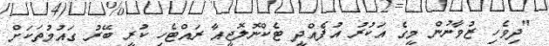
"ދިވެހި ޒުވާނުން މީގެ އަކުރު އުފެއްދީ ޓެކްނޮލޮޖީއާ ރައްޓެހި ކުރީ ބޭރު ގައުމުތަކަށް